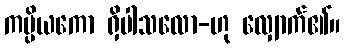
ကပ္ပိယကော ရှိပါသလော-ဟု လျှောက်၏။